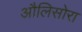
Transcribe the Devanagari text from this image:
औलिसोरा